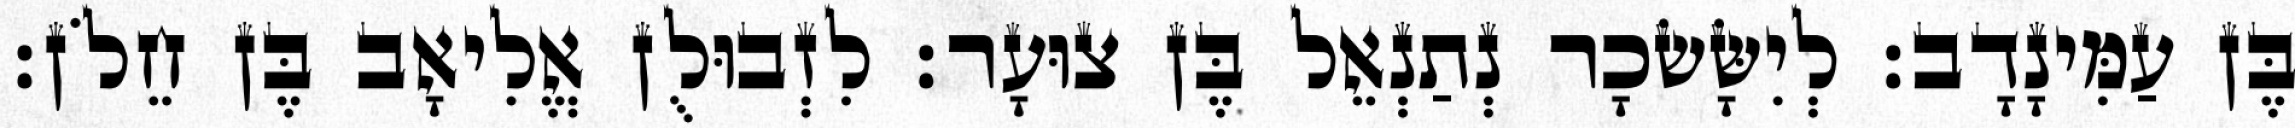
בֶּן עַמִּינָדָב׃ לְיִשָּׂשׂכָר נְתַנְאֵל בֶּן צוּעָר׃ לִזְבוּלֻן אֱלִיאָב בֶּן חֵלֹן׃